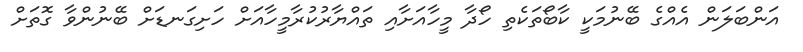
އަންބަލަން އެއްގެ ބޭނުމަކީ ކާބޯތަކެތި ހޯދާ މީހާއަށާއި ތައްޔާރުކުރާމީހާއަށް ހަށިގަނޑަށް ބޭނުންވާ ގޮތަށް